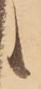
か